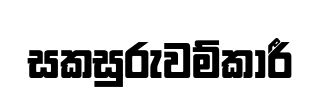
සකසුරුවම්කාරී